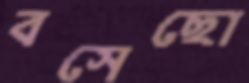
বসেছো